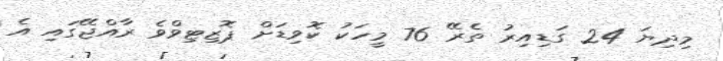
މިދިޔަ 24 ގަޑިއިރު ތެރޭ 76 މީހަކު ކޮވިޑަށް ޕޮޒިޓިވްވެ ރާއްޖޭގައި އެ